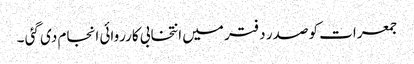
جمعرات کو صدر دفتر میں انتخابی کارروائی انجام دی گئی ۔